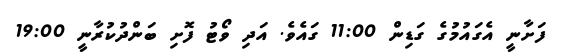
ފަށާނީ އެގައުމުގެ ގަޑިން 11:00 ގައެވެ. އަދި ވޯޓު ފޮށި ބަންދުކުރާނީ 19:00